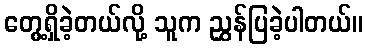
တွေ့ရှိခဲ့တယ်လို့ သူက ညွှန်ပြခဲ့ပါတယ်။